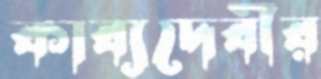
কাব্যদেবীর